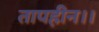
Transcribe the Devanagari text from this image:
तापहीन।।